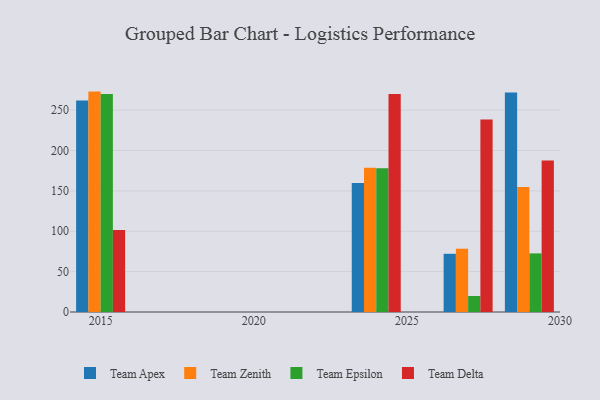
{"axis": {"x": "Year", "y": "Net Income (USD K)"}, "legend": ["Team Apex", "Team Delta", "Team Epsilon", "Team Zenith"], "data": [{"x": "2027", "y": 72.1, "type": "Team Apex"}, {"x": "2027", "y": 78.4, "type": "Team Zenith"}, {"x": "2027", "y": 19.8, "type": "Team Epsilon"}, {"x": "2027", "y": 238.5, "type": "Team Delta"}, {"x": "2029", "y": 272.0, "type": "Team Apex"}, {"x": "2029", "y": 154.9, "type": "Team Zenith"}, {"x": "2029", "y": 72.6, "type": "Team Epsilon"}, {"x": "2029", "y": 187.7, "type": "Team Delta"}, {"x": "2024", "y": 159.9, "type": "Team Apex"}, {"x": "2024", "y": 178.6, "type": "Team Zenith"}, {"x": "2024", "y": 178.1, "type": "Team Epsilon"}, {"x": "2024", "y": 270.0, "type": "Team Delta"}, {"x": "2015", "y": 262.1, "type": "Team Apex"}, {"x": "2015", "y": 273.0, "type": "Team Zenith"}, {"x": "2015", "y": 270.0, "type": "Team Epsilon"}, {"x": "2015", "y": 101.6, "type": "Team Delta"}]}